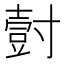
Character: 𭕀